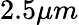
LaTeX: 2.5\mu m